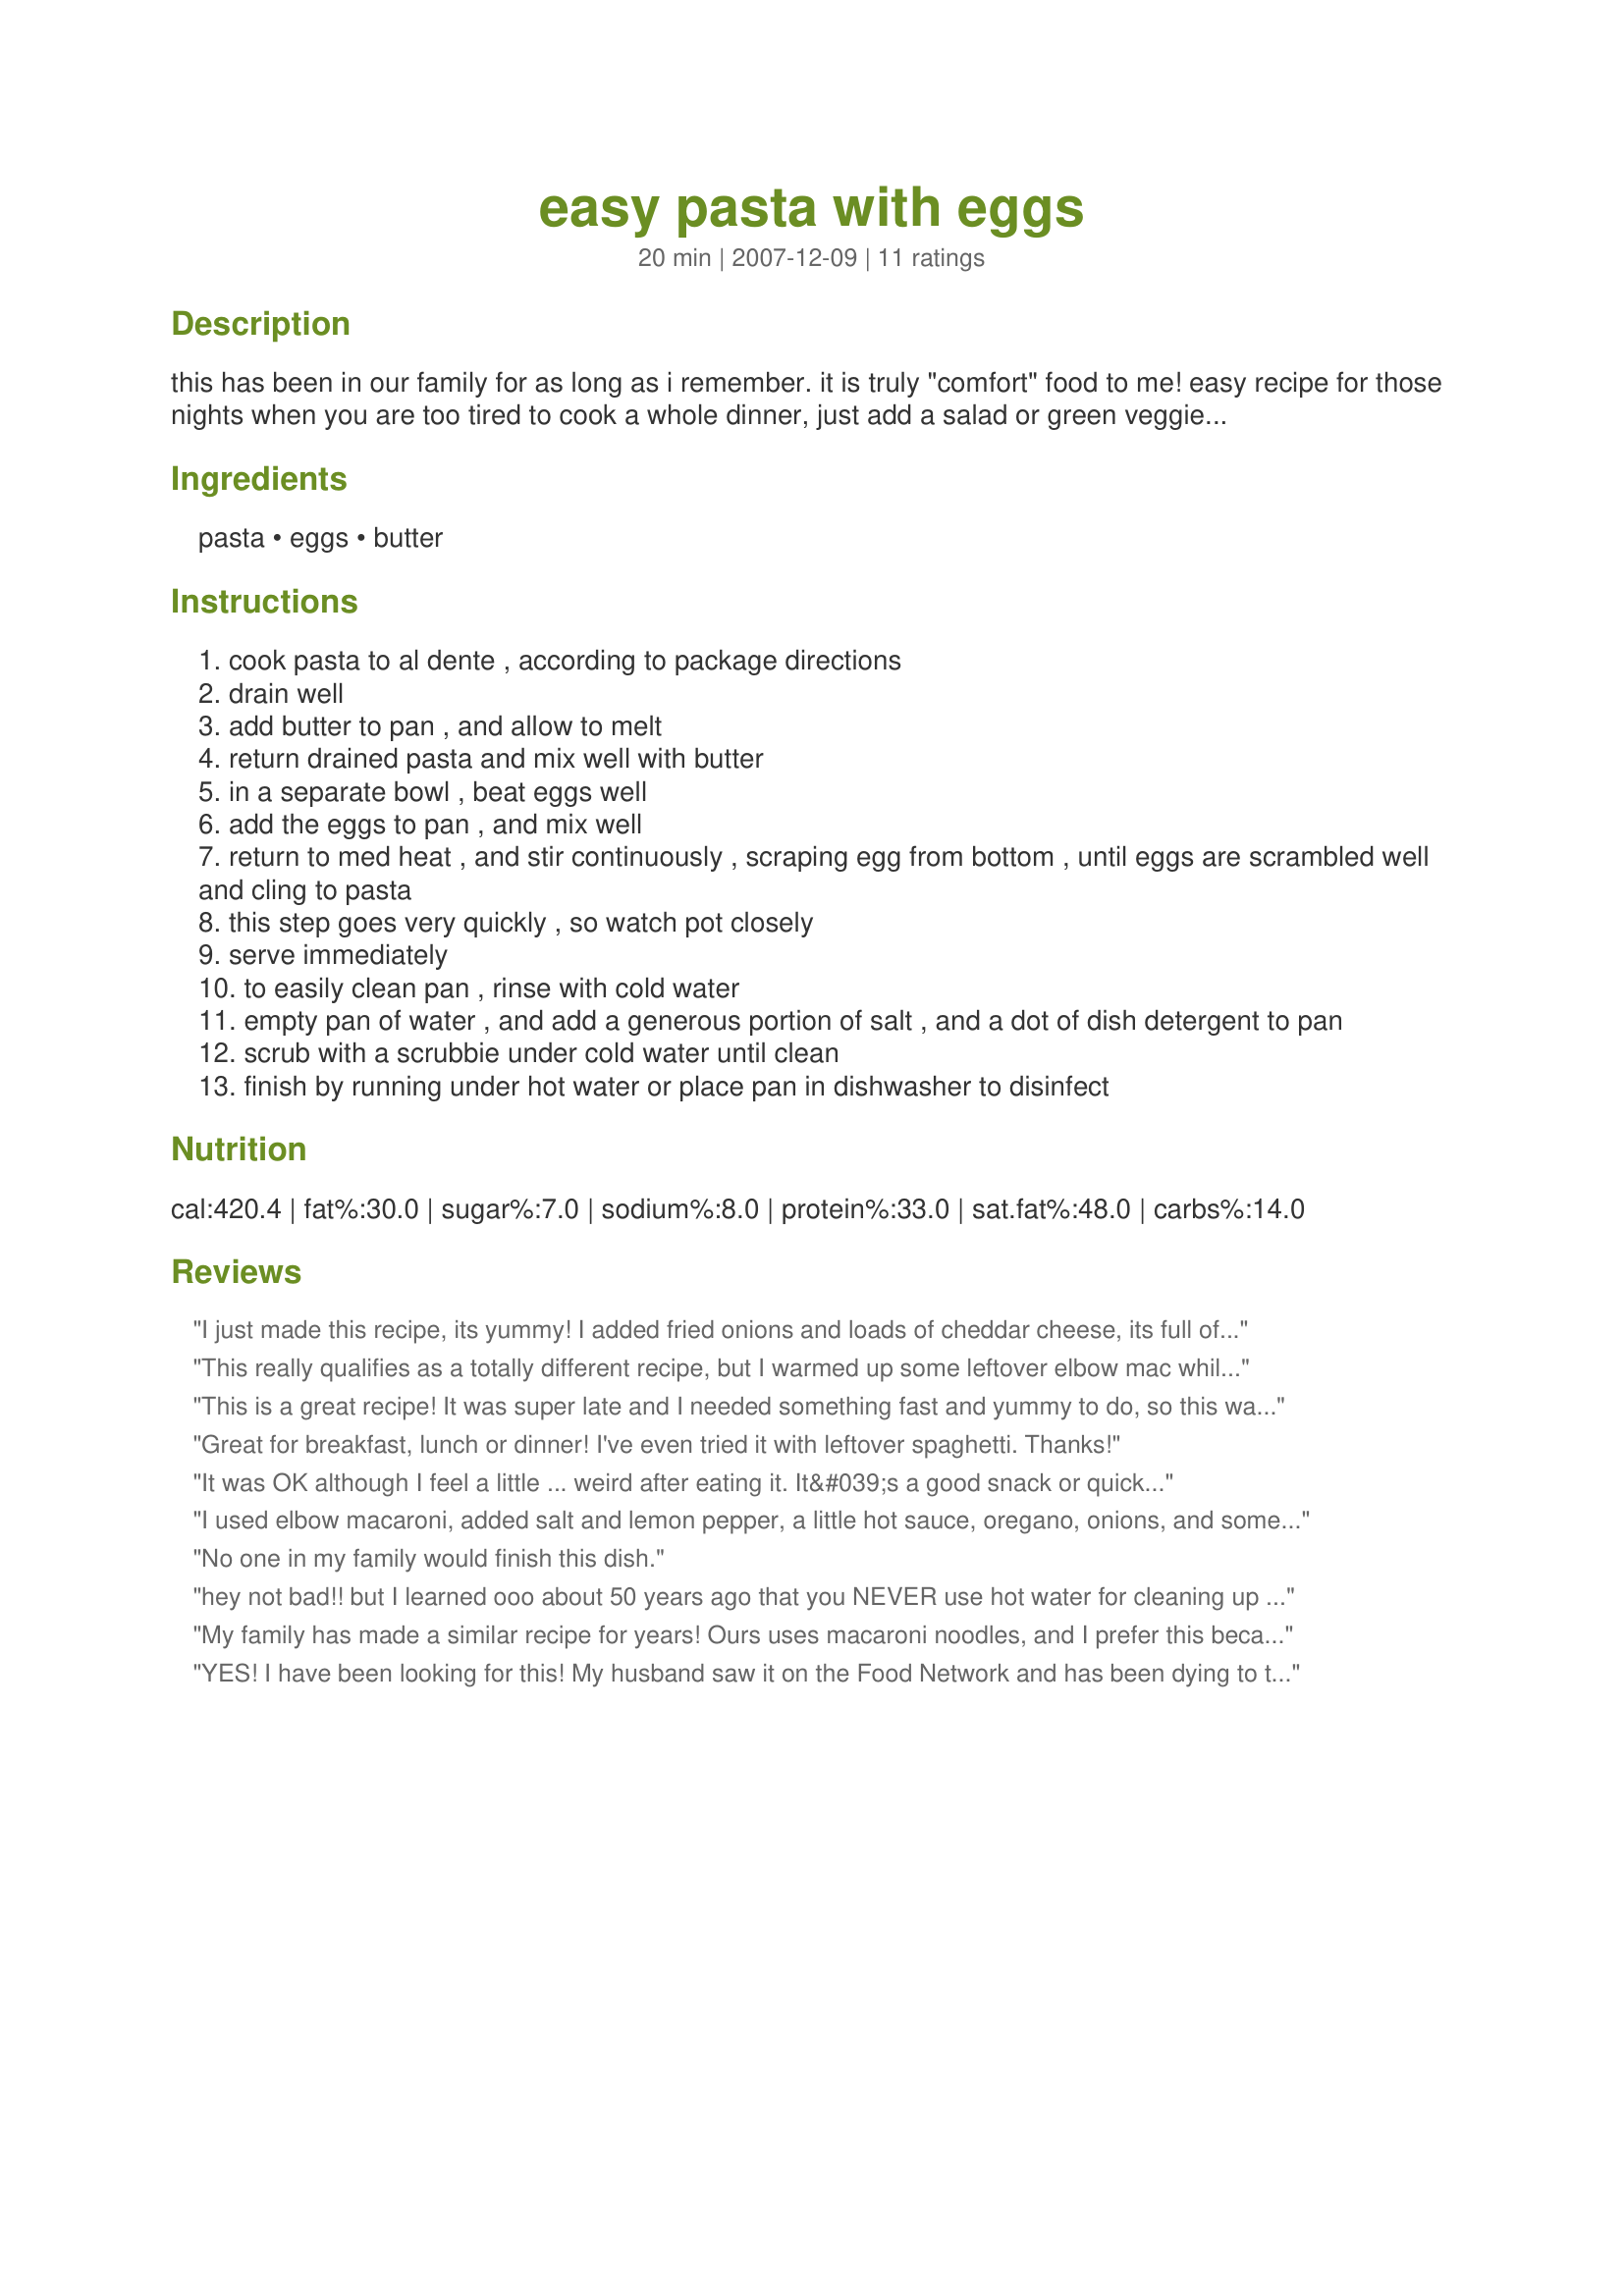
easy pasta with eggs
Preparation time: 20 minutes

this has been in our family for as long as i remember. it is truly "comfort" food to me! easy recipe for those nights when you are too tired to cook a whole dinner, just add a salad or green veggie, and you have a nutritious meal!

Ingredients:
pasta, eggs, butter

Steps:
cook pasta to al dente , according to package directions
drain well
add butter to pan , and allow to melt
return drained pasta and mix well with butter
in a separate bowl , beat eggs well
add the eggs to pan , and mix well
return to med heat , and stir continuously , scraping egg from bottom , until eggs are scrambled well and cling to pasta
this step goes very quickly , so watch pot closely
serve immediately
to easily clean pan , rinse with cold water
empty pan of water , and add a generous portion of salt , and a dot of dish detergent to pan
scrub with a scrubbie under cold water until clean
finish by running under hot water or place pan in dishwasher to disinfect

Reviews:
I just made this recipe, its yummy! I added fried onions and loads of cheddar cheese, its full of flavour!
This really qualifies as a totally different recipe, but I warmed up some leftover elbow mac while I fried chopped onion, green pepper and bits of kielbasa. When the kielbasa started to brown and the onions and peppers were soft, I tossed in the macaroni and stirred, just enough to mix it. Next I added finely grated Parmesan and cheddar, stirring that for a moment before adding 2 beaten eggs. I seasoned it with pepper, parsley, a bit of dried basil, and some Italian seasoning - all to taste, . After stirring it a bit more, I turned down the heat and covered the pan for a while. Now I wish I'd added maybe just a sprinkle of Cayenne pepper, too. Don't ask for measurements... that takes all the fun out of it! Ooh...and an afterthought... I ate some as soon as I felt the eggs had set and the cheese melted, then covered the pan with the remainder and let it sit on the cooling burner. My second helping had a very nice, lightly browned crust on the bottom.
This is a great recipe! It was super late and I needed something fast and yummy to do, so this was great. I did add cherry tomatoes, mushrooms and olives to the recipe, simply because I was starving and felt like adding other flavors. I will definitely repeat the recipe and reccomend it.
Great for breakfast, lunch or dinner! I've even tried it with leftover spaghetti. Thanks!
It was OK although I feel a little ... weird after eating it. It&#039;s a good snack or quick meal but I would never make this for other people, and probably won&#039;t make it again for a while. It has kind of a... college student vibe, a quick mishmash of a few inexpensive foods that somehow says &quot;I don&#039;t care, I just need to cram for these finals tomorrow morning.&quot; I don&#039;t think I could stomach this if I added cheese or ketchup. Throw a splash of soy sauce in the pan for a dirty but decent tasting Chinese take-out vibe. Tips: It&#039;s very butter heavy, so use good quality butter. It works well with angel hair; thicker noodles may lead to poor results here. It&#039;s important to start mixing the egg the moment it hits the pan or it will cook without mixing with the pasta.
I used elbow macaroni, added salt and lemon pepper, a little hot sauce, oregano, onions, and some panko crumbs. Would make a great side dish! But only if you add a little something to it....
No one in my family would finish this dish.
hey not bad!! but I learned ooo about 50 years ago that you NEVER use hot water for cleaning up egg dishes...all it does is solidify the protein in the eggs. Always use cold water with egg cleanups
My family has made a similar recipe for years! Ours uses macaroni noodles, and I prefer this because of the firmer nature of the noodle. It also makes it less like a frittata and it&#039;s easier to see when the egg is done. I season mine with salt, black pepper, and occasionally a dash of garlic. I also don&#039;t use much butter; just enough to prevent the egg from sticking to the pan. Since I&#039;m usually making this solo, I usually only make enough noodles for myself and use one to two eggs. I like the pasta to be the star.

A previous reviewer mentioned the college vibe of this recipe. For my family, I did some research and found out that this was a Depression Era recipe that my grandmother learned from her parents. They lived on a farm where eggs (and butter) were &#039;free&#039;, and pasta was cheap. I guess that does lend some credibility to the college vibe of this recipe, but I like the history better! :)
YES!
I have been looking for this! My husband saw it on the Food Network and has been dying to try it! I'm soo making this tomorrow!
Thank you for posting!
I've had this since I was a kid. We always have it wth lots of ketcup and parmesan cheese. Loved it!. still have it now - great comfort foid,
